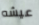
عيشه